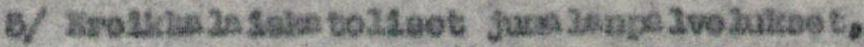
5/ Kreikkalaiskatoliset jumalanpalvelukset,